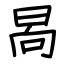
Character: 晑